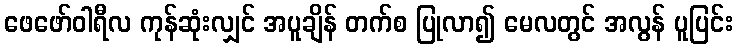
ဖေဖော်ဝါရီလ ကုန်ဆုံးလျှင် အပူချိန် တက်စ ပြုလာ၍ မေလတွင် အလွန် ပူပြင်း